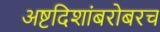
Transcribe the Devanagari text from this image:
अष्टदिशांबरोबरच